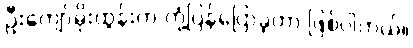
ဦးကျော်မိုးထွန်းက တုံ့ပြန်ပြောခဲ့တာ ဖြစ်ပါတယ်။